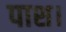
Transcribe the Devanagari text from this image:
पाश।